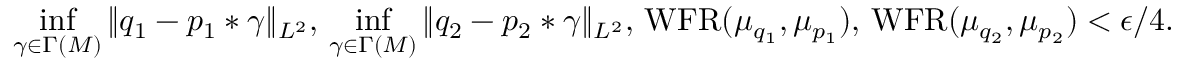
\operatorname* { i n f } _ { \gamma \in \Gamma ( M ) } \| q _ { 1 } - p _ { 1 } * \gamma \| _ { L ^ { 2 } } , \, \operatorname* { i n f } _ { \gamma \in \Gamma ( M ) } \| q _ { 2 } - p _ { 2 } * \gamma \| _ { L ^ { 2 } } , \, \operatorname { W F R } ( \mu _ { q _ { 1 } } , \mu _ { p _ { 1 } } ) , \, \operatorname { W F R } ( \mu _ { q _ { 2 } } , \mu _ { p _ { 2 } } ) < \epsilon / 4 .